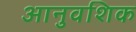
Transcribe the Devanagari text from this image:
आनुवशिक